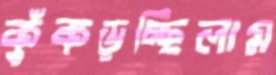
কুঁকড়চ্ছিলাম